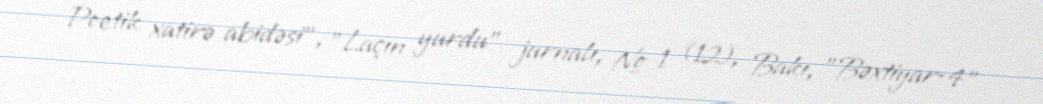
Poetik xatirə abidəsi", "Laçın yurdu" jurnalı, № 1 (12), Bakı, "Bəxtiyar-4"